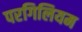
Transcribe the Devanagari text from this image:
परगिलियम